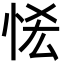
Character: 恡